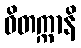
ဝိတက္ကာနိ